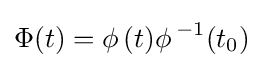
\Phi (t)=\phi \,(t){\phi \,}^{-1}(t_{0})